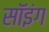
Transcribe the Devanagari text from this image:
सॉइंग